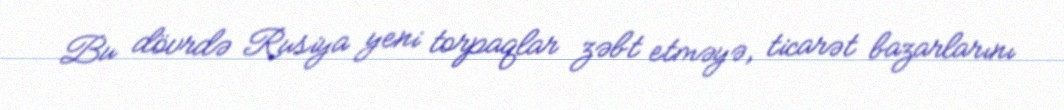
Bu dövrdə Rusiya yeni torpaqlar zəbt etməyə, ticarət bazarlarını